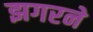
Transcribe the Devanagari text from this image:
झगरने